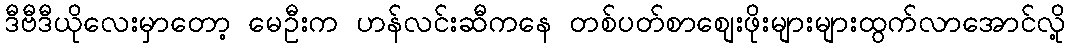
ဒီဗီဒီယိုလေးမှာတော့ မေဦးက ဟန်လင်းဆီကနေ တစ်ပတ်စာစျေးဖိုးများများထွက်လာအောင်လို့